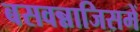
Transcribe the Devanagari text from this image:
बसवन्नाजिसमें